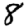
Digit: 8